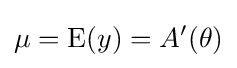
\mu =\operatorname {E} (y)=A'(\theta )